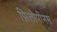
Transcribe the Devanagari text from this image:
फ़िलोपोनस